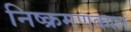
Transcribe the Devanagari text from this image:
निष्क्रमणकाल